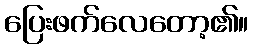
ပြေးဖက်လေတော့၏။